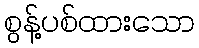
စွန့်ပစ်ထားသော